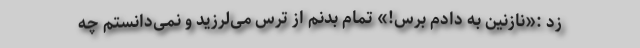
زد :«نازنین به دادم برس!» تمام بدنم از ترس می‌لرزید و نمی‌دانستم چه